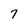
Character: 7